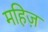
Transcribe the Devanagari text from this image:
महिज़